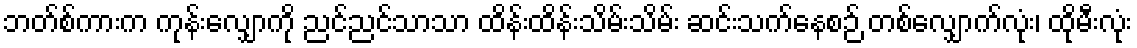
ဘတ်စ်ကားက ကုန်းလျှောကို ညင်ညင်သာသာ ထိန်းထိန်းသိမ်းသိမ်း ဆင်းသက်နေစဉ် တစ်လျှောက်လုံး၊ ထိုမီးလုံး